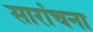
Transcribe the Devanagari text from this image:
सारांचना